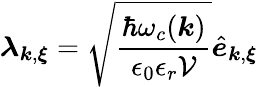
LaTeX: {\boldsymbol\lambda}_{{\boldsymbol k},{\boldsymbol\xi}}=\sqrt{\frac{\hbar\omega_{c}({\boldsymbol k})}{{\epsilon_{0}\epsilon_{r}\mathcal{V}}}}\hat{\boldsymbol e}_{{\boldsymbol k},{\boldsymbol\xi}}